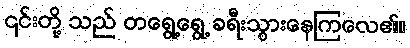
၎င်းတို့ သည် တရွေ့ရွေ့ ခရီးသွားနေကြလေ၏။